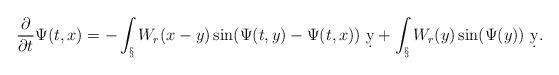
LaTeX: \begin{align*}\frac{\partial}{\partial t}\Psi(t,x) &= -\int_\S W_r(x-y)\sin(\Psi(t,y)-\Psi(t,x))\ \d y + \int_\S W_r(y)\sin(\Psi(y))\ \d y.\end{align*}